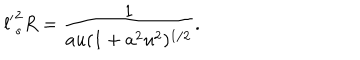
{ l ^ { \prime } } _ { s } ^ { 2 } R = \frac { 1 } { a u ( 1 + a ^ { 2 } u ^ { 2 } ) ^ { 1 / 2 } } .